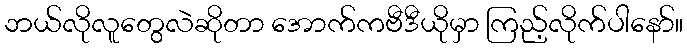
ဘယ်လိုလူတွေလဲဆိုတာ အောက်ကဗီဒီယိုမှာ ကြည့်လိုက်ပါနော်။